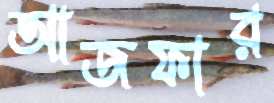
আজফার